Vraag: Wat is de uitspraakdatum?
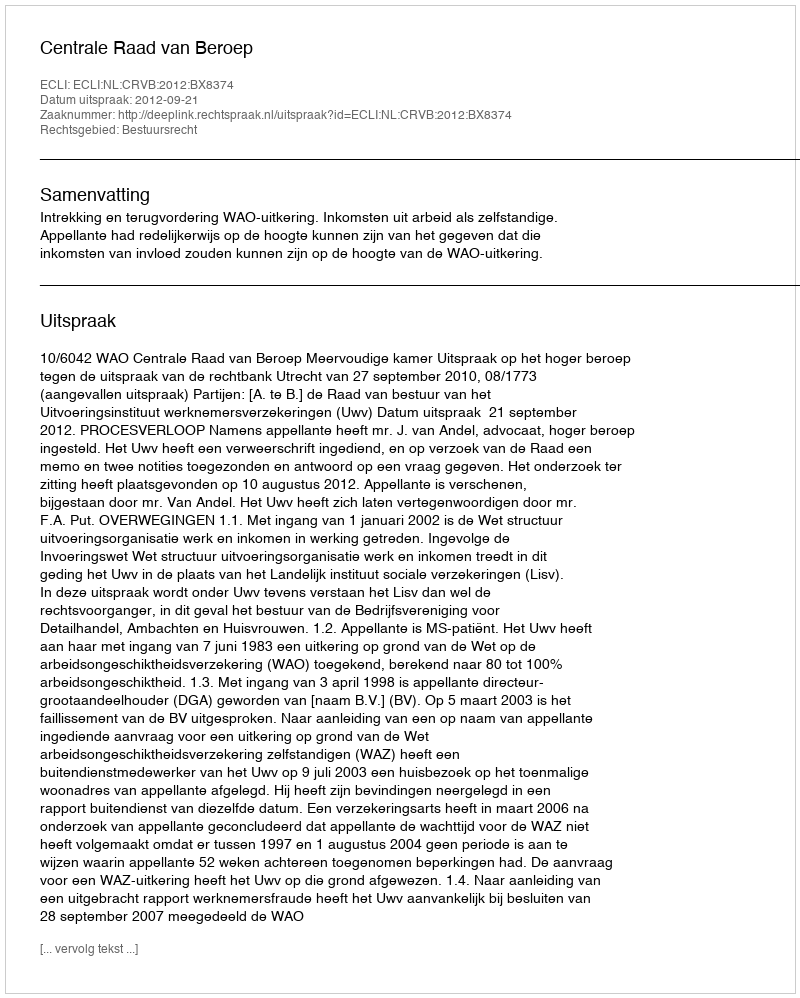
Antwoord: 2012-09-21